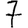
Digit: 7